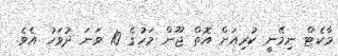
މާކެޓް ނިމޭނީ ކުރިއަށް އޮތް ޖޫން މަހުގެ 10 ވަނަ ދުވަހު އެވެ.